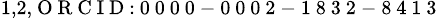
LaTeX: ^{1,2,\mathrm{~O~R~C~I~D~:~0~0~0~0~-~0~0~0~2~-~1~8~3~2~-~8~4~1~3~}}